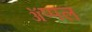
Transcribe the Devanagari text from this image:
ॲप्पल